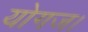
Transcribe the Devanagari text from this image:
योगज।